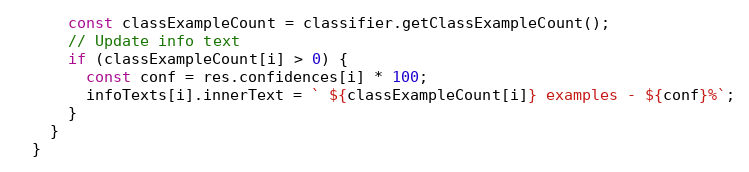
Language: JavaScript
      const classExampleCount = classifier.getClassExampleCount();
      // Update info text
      if (classExampleCount[i] > 0) {
        const conf = res.confidences[i] * 100;
        infoTexts[i].innerText = ` ${classExampleCount[i]} examples - ${conf}%`;
      }
    }
  }